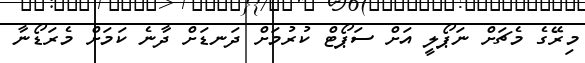
މިރޭގެ މެޗަށް ނަޕޯލީ އަށް ސަޕޯޓް ކުރުމަށް ދަނޑަށް ދާނެ ކަމަށް މެރަޑޯނާ